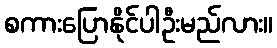
စကားပြောနိုင်ပါဦးမည်လား။